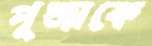
পূজাকে